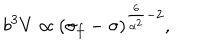
LaTeX: { b ^ { 3 } V \propto ( \sigma _ { f } - \sigma ) ^ { \frac { 6 } { \alpha ^ { 2 } } - 2 } , }